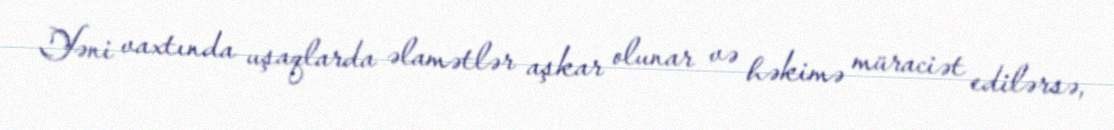
Yəni vaxtında uşaqlarda əlamətlər aşkar olunar və həkimə müraciət edilərsə,